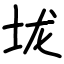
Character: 垅